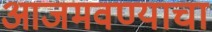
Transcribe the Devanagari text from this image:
आजमवण्याचा